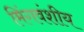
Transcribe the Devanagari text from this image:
मिंगवंशीय